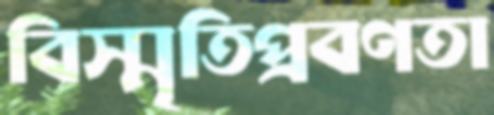
বিস্মৃতিপ্রবণতা